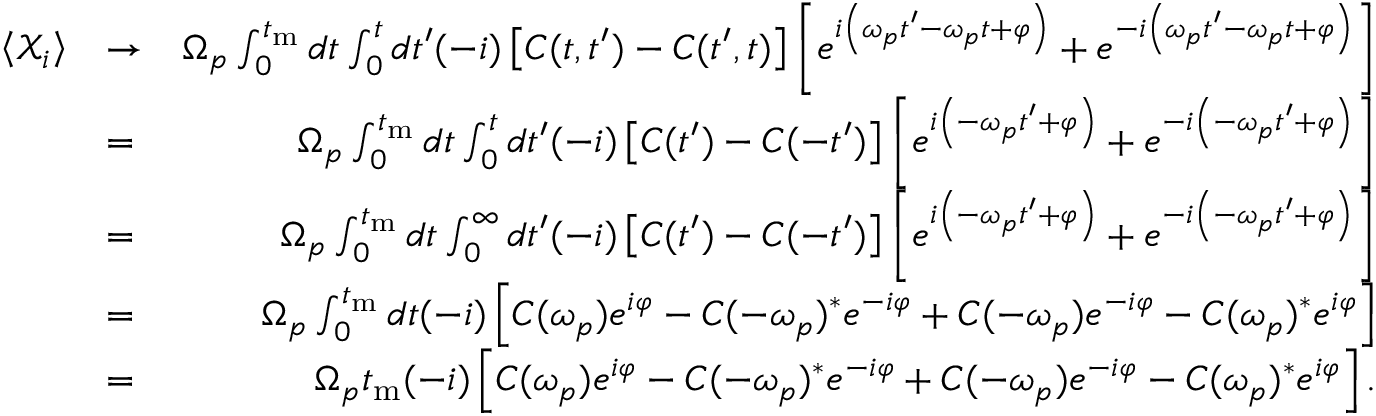
\begin{array} { r l r } { \left< { \mathcal X } _ { i } \right> } & { \rightarrow } & { \Omega _ { p } \int _ { 0 } ^ { t _ { \mathrm { m } } } d t \int _ { 0 } ^ { t } d t ^ { \prime } ( - i ) \left[ C ( t , t ^ { \prime } ) - C ( t ^ { \prime } , t ) \right] \left[ e ^ { i \left( \omega _ { p } t ^ { \prime } - \omega _ { p } t + \varphi \right) } + e ^ { - i \left( \omega _ { p } t ^ { \prime } - \omega _ { p } t + \varphi \right) } \right] } \\ & { = } & { \Omega _ { p } \int _ { 0 } ^ { t _ { \mathrm { m } } } d t \int _ { 0 } ^ { t } d t ^ { \prime } ( - i ) \left[ C ( t ^ { \prime } ) - C ( - t ^ { \prime } ) \right] \left[ e ^ { i \left( - \omega _ { p } t ^ { \prime } + \varphi \right) } + e ^ { - i \left( - \omega _ { p } t ^ { \prime } + \varphi \right) } \right] } \\ & { = } & { \Omega _ { p } \int _ { 0 } ^ { t _ { \mathrm { m } } } d t \int _ { 0 } ^ { \infty } d t ^ { \prime } ( - i ) \left[ C ( t ^ { \prime } ) - C ( - t ^ { \prime } ) \right] \left[ e ^ { i \left( - \omega _ { p } t ^ { \prime } + \varphi \right) } + e ^ { - i \left( - \omega _ { p } t ^ { \prime } + \varphi \right) } \right] } \\ & { = } & { \Omega _ { p } \int _ { 0 } ^ { t _ { \mathrm { m } } } d t ( - i ) \left[ C ( \omega _ { p } ) e ^ { i \varphi } - C ( - \omega _ { p } ) ^ { * } e ^ { - i \varphi } + C ( - \omega _ { p } ) e ^ { - i \varphi } - C ( \omega _ { p } ) ^ { * } e ^ { i \varphi } \right] } \\ & { = } & { \Omega _ { p } t _ { \mathrm { m } } ( - i ) \left[ C ( \omega _ { p } ) e ^ { i \varphi } - C ( - \omega _ { p } ) ^ { * } e ^ { - i \varphi } + C ( - \omega _ { p } ) e ^ { - i \varphi } - C ( \omega _ { p } ) ^ { * } e ^ { i \varphi } \right] . } \end{array}